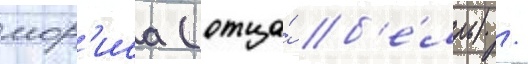
мор'иса (отца́ б'е́лль) /